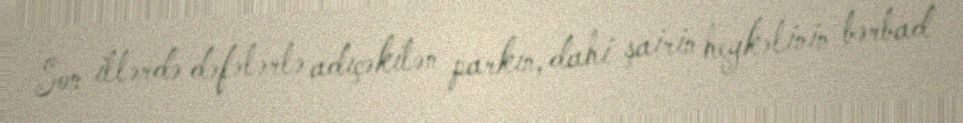
Son illərdə dəfələrlə adıçəkilən parkın, dahi şairin heykəlinin bərbad